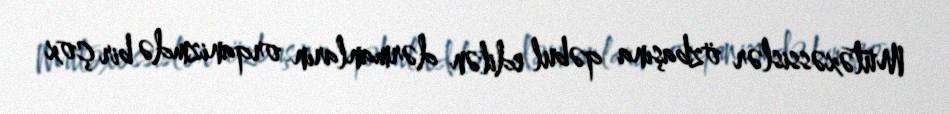
Mütəxəssislər özbaşına qəbul edilən dərmanların orqanizmdə bir çox